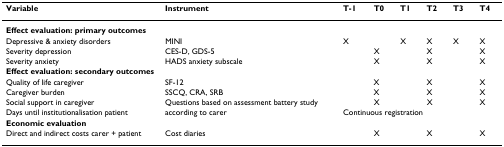
<table><thead><tr><td><b>Variable</b></td><td><b>Instrument</b></td><td><b>T-1</b></td><td><b>T0</b></td><td><b>T1</b></td><td><b>T2</b></td><td><b>T3</b></td><td><b>T4</b></td></tr></thead><tbody><tr><td colspan="8"><b>Effect evaluation: primary outcomes</b></td></tr><tr><td>Depressive &amp; anxiety disorders</td><td>MINI</td><td>X</td><td></td><td>X</td><td>X</td><td>X</td><td>X</td></tr><tr><td>Severity depression</td><td>CES-D, GDS-5</td><td></td><td>X</td><td></td><td>X</td><td></td><td>X</td></tr><tr><td>Severity anxiety</td><td>HADS anxiety subscale</td><td></td><td>X</td><td></td><td>X</td><td></td><td>X</td></tr><tr><td colspan="8"><b>Effect evaluation: secondary outcomes</b></td></tr><tr><td>Quality of life caregiver</td><td>SF-12</td><td></td><td>X</td><td></td><td>X</td><td></td><td>X</td></tr><tr><td>Caregiver burden</td><td>SSCQ, CRA, SRB</td><td></td><td>X</td><td></td><td>X</td><td></td><td>X</td></tr><tr><td>Social support in caregiver</td><td>Questions based on assessment battery study</td><td></td><td>X</td><td></td><td>X</td><td></td><td>X</td></tr><tr><td>Days until institutionalisation patient</td><td>according to carer</td><td colspan="6">Continuous registration</td></tr><tr><td colspan="8"><b>Economic evaluation</b></td></tr><tr><td>Direct and indirect costs carer + patient</td><td>Cost diaries</td><td></td><td>X</td><td></td><td>X</td><td></td><td>X</td></tr></tbody></table>